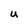
Character: U